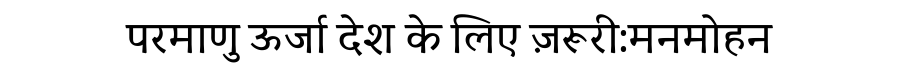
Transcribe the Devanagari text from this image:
परमाणु ऊर्जा देश के लिए ज़रूरी:मनमोहन